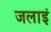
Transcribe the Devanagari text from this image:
जलाइं